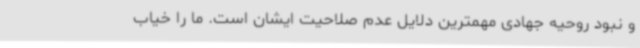
و نبود روحیه جهادی مهمترین دلایل عدم صلاحیت ایشان است. ما را خیاب